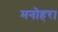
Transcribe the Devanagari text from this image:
मनोहर।